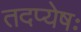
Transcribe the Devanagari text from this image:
तदप्येषः